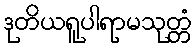
ဒုတိယရူပါရာမသုတ္တံ